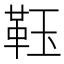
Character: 𩊇